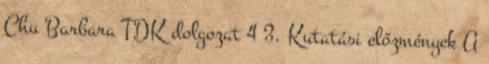
Chu Barbara TDK dolgozat 4 3. Kutatási előzmények A